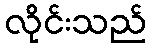
လိုင်းသည်